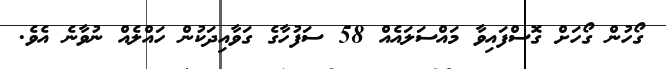
ގޯހުން ގޯހަށް ގޮސްފައިވާ މައްސަލައެއް 58 ސަފުހާގެ ގަވާއިދަކުން ހައްލެއް ނުވާނެ އެވެ.